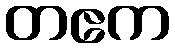
တဧက